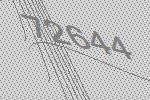
72644